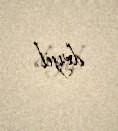
deyil.